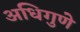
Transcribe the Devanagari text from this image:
अधिगुणे